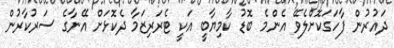
ދައުރުން ފާހަގަކޮށްލެވޭ އެންމެ ބޮޑު ކާމިޔާބީ އަކީ ޓެރަރިޒަމާ ދެކޮޅަށް އޭނާގެ ސަރުކާރުން